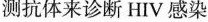
测抗体来诊断HIV感染